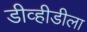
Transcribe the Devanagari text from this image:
डीव्हीडीला